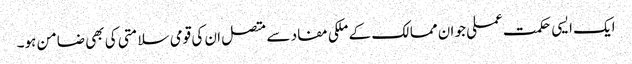
ایک ایسی حکمت عملی جو ان ممالک کے ملکی مفاد سے متصل ان کی قومی سلامتی کی بھی ضامن ہو۔